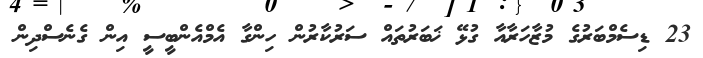
23 ޑިސެމްބަރުގެ މުޒާހަރާއާ ގުޅޭ ޚަބަރުތައް ސަރުކާރުން ހިންގާ އެމްއެންބީސީ އިން ގެނެސްދިން